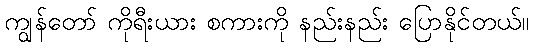
ကျွန်တော် ကိုရီးယား စကားကို နည်းနည်း ပြောနိုင်တယ်။